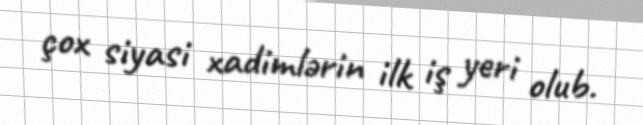
çox siyasi xadimlərin ilk iş yeri olub.